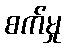
စက်မှု